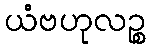
ယံဗဟုလဉ္စ